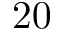
\ 2 0